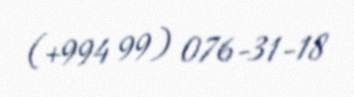
(+994 99) 076-31-18